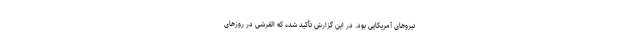
نیرو‌های آمریکایی بود. در این گزارش تأکید شده که القرشی در روز‌های